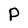
Character: P